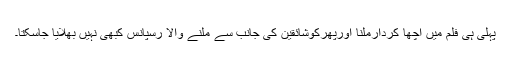
پہلی ہی فلم میں اچھا کردارملنا اورپھرکوشائقین کی جانب سے ملنے والا رسپانس کبھی نہیں بھلایا جاسکتا۔